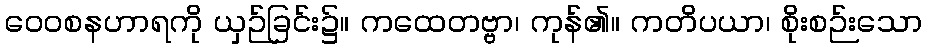
ဝေဝစနဟာရကို ယှဉ်ခြင်း၌။ ကထေတဗ္ဗာ၊ ကုန်၏။ ကတိပယာ၊ စိုးစဉ်းသော